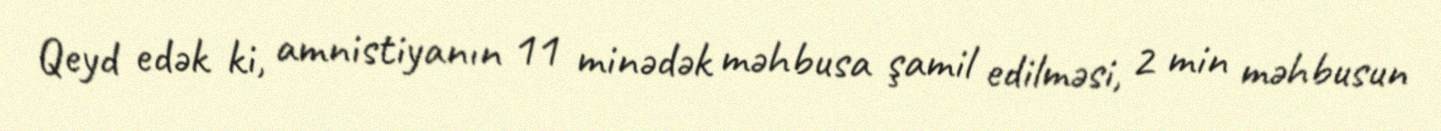
Qeyd edək ki, amnistiyanın 11 minədək məhbusa şamil edilməsi, 2 min məhbusun